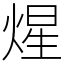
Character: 煋